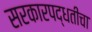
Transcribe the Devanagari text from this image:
सरकारपद्धतीचा